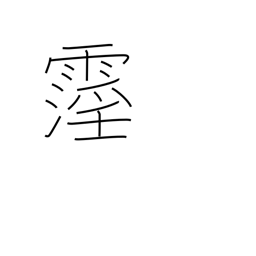
Meaning: rain lasting at least ten days